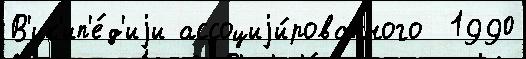
В'ик'ип'е́д'иjи ассоциjи́рованного  1990